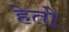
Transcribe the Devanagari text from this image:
हेतो